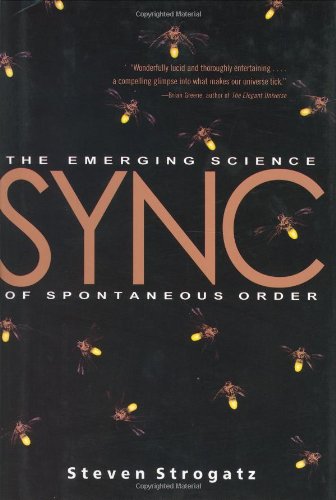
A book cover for Sync: The Emerging Science of Spontaneous Order; Steven H. Strogatz; Computers & Technology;